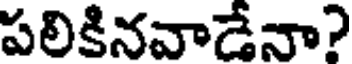
పలికినవాడేనా?